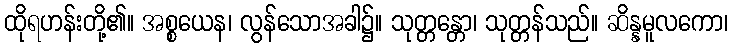
ထိုရဟန်းတို့၏။ အစ္စယေန၊ လွန်သောအခါ၌။ သုတ္တန္တော၊ သုတ္တန်သည်။ ဆိန္နမူလကော၊